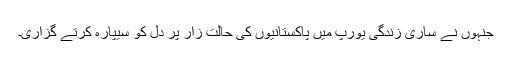
جنہوں نے ساری زندگی یورپ میں پاکستانیوں کی حالتِ زار پر دل کو سیپارہ کرتے گزاری۔